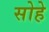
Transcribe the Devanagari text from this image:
सोहे